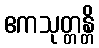
ဧကသုတ္တန္တိ